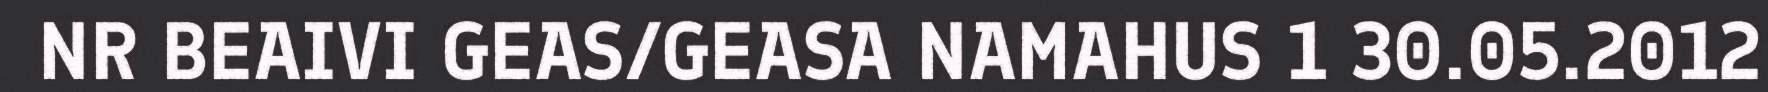
NR BEAIVI GEAS/GEASA NAMAHUS 1 30.05.2012